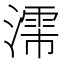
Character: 𬉈